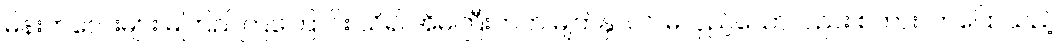
မိန်းကလေးများ မကြည်ကြကြောင်း သိ၍ အိမ်ကြီးဘက် မျက်နှာပင် မလှည့်သော်လည်း စကားလာပြောသည့်